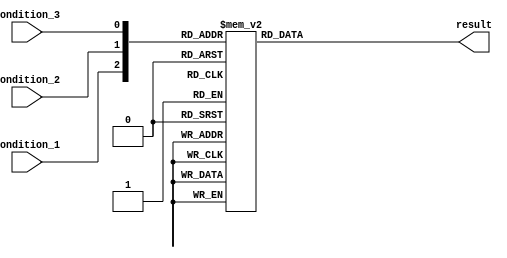
module parallel_case_statement (
    input wire condition_1,
    input wire condition_2,
    input wire condition_3,
    output reg result
);

always @(*) begin
    case ({condition_1, condition_2, condition_3})
        3'b000: result = 3'b000;
        3'b001: result = 3'b001;
        3'b010: result = 3'b010;
        3'b011: result = 3'b011;
        3'b100: result = 3'b100;
        3'b101: result = 3'b101;
        3'b110: result = 3'b110;
        3'b111: result = 3'b111;
        default: result = 3'b000;
    endcase
end

endmodule